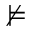
\nvDash